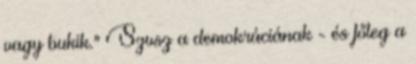
vagy bukik." Szvsz a demokráciának - és főleg a